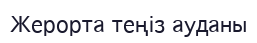
Жерорта теңіз ауданы